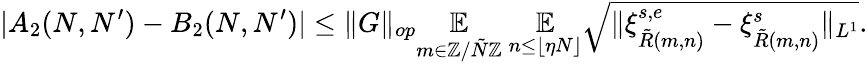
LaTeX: |A_{2}(N,N^{\prime})-B_{2}(N,N^{\prime})|\leq\| G\| _{op}\underset{m\in\mathbb{Z}/\tilde{N}\mathbb{Z}}{\mathbb{E}}~\underset{n\leq\lfloor\eta N\rfloor}{\mathbb{E}}\sqrt{\| \xi_{\tilde{R}(m,n)}^{s,e}-\xi_{\tilde{R}(m,n)}^{s}\| _{L^{1}}}.